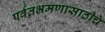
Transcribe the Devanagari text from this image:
पर्वतभ्रमणासाठीचे